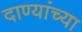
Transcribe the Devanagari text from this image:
दाण्यांच्या